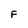
Character: F